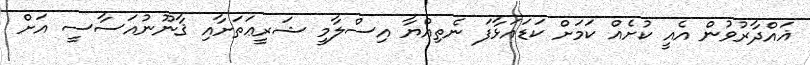
ޣައްދާރުވުން އެއީ ކުށެއް ކަމަށް ކަޑައަޅާފަ ނެތިއްޔާ އިސްލާމީ ޝަރީޢަތަށާއި ޤާނޫނުއަސާސީ އަށް